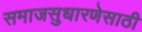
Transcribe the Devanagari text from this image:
समाजसुधारणेसाठी